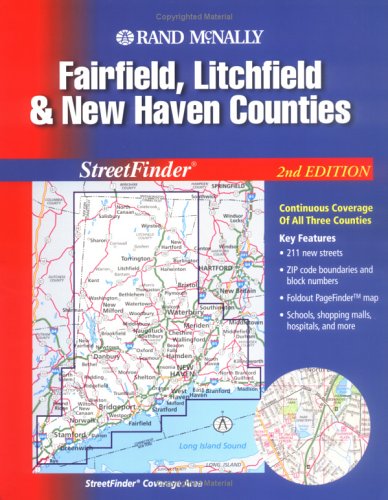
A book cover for Rand McNally 2004 Fairfield, Litchfield & New Haven Counties: Streetfinder; Rand McNally and Company; Travel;